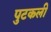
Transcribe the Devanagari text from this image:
पुटकली